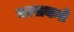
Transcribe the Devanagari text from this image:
जासकते